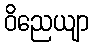
ဝိညေယျာ